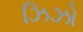
ઝિઝો